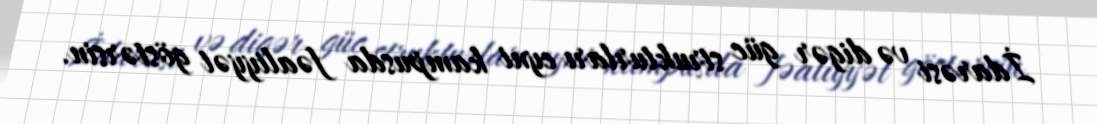
İdarəsi və digər güc strukturları eyni kampusda fəaliyyət göstərsin.